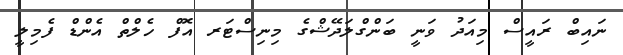
ނައިބް ރައީސް މިއަދު ވަނީ ބަންގްލަދޭޝްގެ މިނިސްޓަރ އޮފް ހެލްތް އެންޑް ފެމިލީ